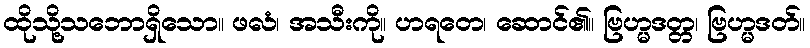
ထိုသို့သဘောရှိသော။ ဖလံ၊ အသီးကို။ ဟရတေ၊ ဆောင်၏။ ဗြဟ္မဒတ္တ၊ ဗြဟ္မဒတ်။